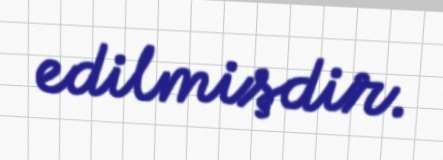
edilmişdir.